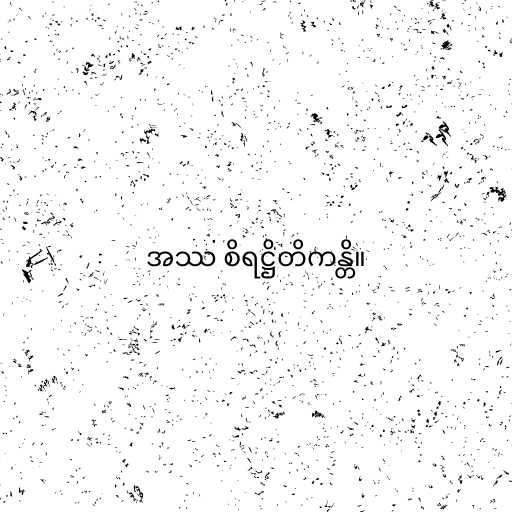
အဿ စိရဋ္ဌိတိကန္တိ။